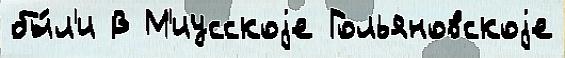
бы́л'и В М'иусскоjе Гольяновскоjе